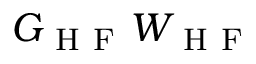
G _ { \mathrm { ~ H ~ F ~ } } W _ { \mathrm { ~ H ~ F ~ } }